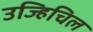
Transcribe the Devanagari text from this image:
उज्हिचिल